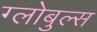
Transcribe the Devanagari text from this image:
ग्लोबुल्स